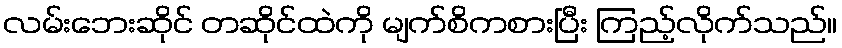
လမ်းဘေးဆိုင် တဆိုင်ထဲကို မျက်စိကစားပြီး ကြည့်လိုက်သည်။